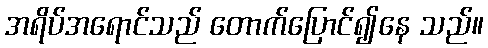
အရိပ်အရောင်သည် တောက်ပြောင်၍နေ သည်။